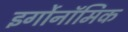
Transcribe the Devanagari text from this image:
इर्गोनॉमिक